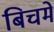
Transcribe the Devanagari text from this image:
बिचमे